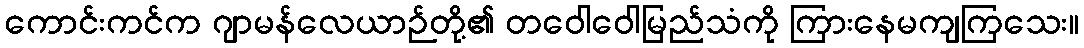
ကောင်းကင်က ဂျာမန်လေယာဉ်တို့၏ တဝေါဝေါမြည်သံကို ကြားနေမကျကြသေး။